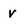
Character: v